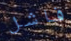
فاشل